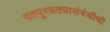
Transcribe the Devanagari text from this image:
पतपुरवठ्यासंबंधीची